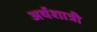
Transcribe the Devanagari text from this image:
अर्थशात्री